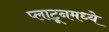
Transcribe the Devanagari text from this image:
प्लाटूनमध्ये